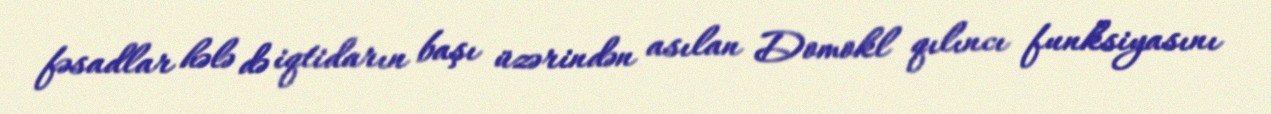
fəsadlar hələ də iqtidarın başı üzərindən asılan Domokl qılıncı funksiyasını